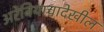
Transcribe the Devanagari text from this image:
अरेबियाचादेखील